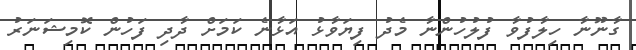
ގާނޫނާ ހިލާފުވާ ފުލުހުންނާ މެދު ފިޔަވާޅު އަޅާނެ ކަމަށް ދާދި ފަހުން ކޮމިޝަނަރު